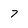
Character: 7